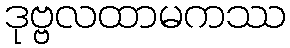
ဒုဗ္ဗလထာမကဿ